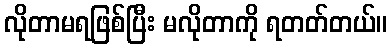
လိုတာမရဖြစ်ပြီး မလိုတာကို ရတတ်တယ်။